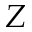
Z